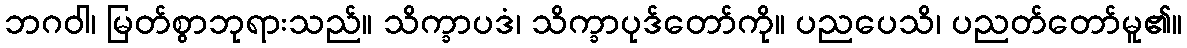
ဘဂဝါ၊ မြတ်စွာဘုရားသည်။ သိက္ခာပဒံ၊ သိက္ခာပုဒ်တော်ကို။ ပညပေသိ၊ ပညတ်တော်မူ၏။